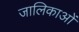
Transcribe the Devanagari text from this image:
जालिकाओं